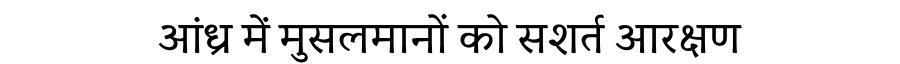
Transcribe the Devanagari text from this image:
आंध्र में मुसलमानों को सशर्त आरक्षण